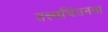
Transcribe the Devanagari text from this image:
तत्त्वचिंतनता